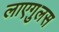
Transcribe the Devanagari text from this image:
लाएगुलस